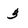
Character: 3